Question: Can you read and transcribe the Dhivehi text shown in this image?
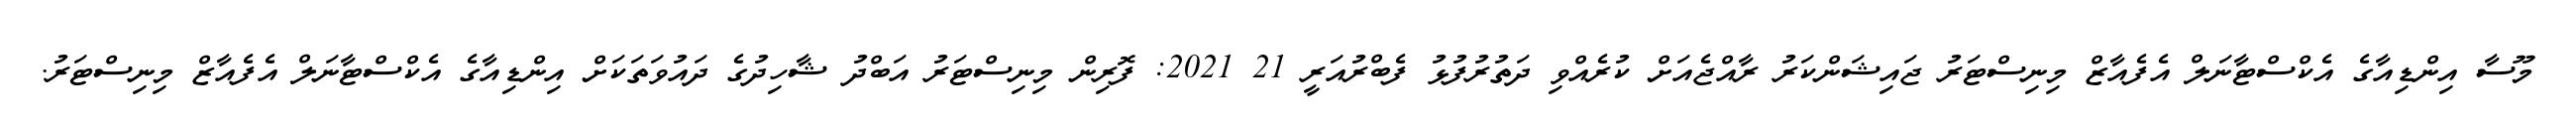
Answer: މޫސާ އިންޑިއާގެ އެކްސްޓާނަލް އެފެއާޒް މިނިސްޓަރު ޖައިޝަންކަރު ރާއްޖެއަށް ކުރެއްވި ދަތުރުފުޅު ފެބްރުއަރީ 21 2021: ފޮރިން މިނިސްޓަރު އަބްދު ޝާހިދުގެ ދައުވަތަކަށް އިންޑިއާގެ އެކްސްޓާނަލް އެފެއާޒް މިނިސްޓަރު.